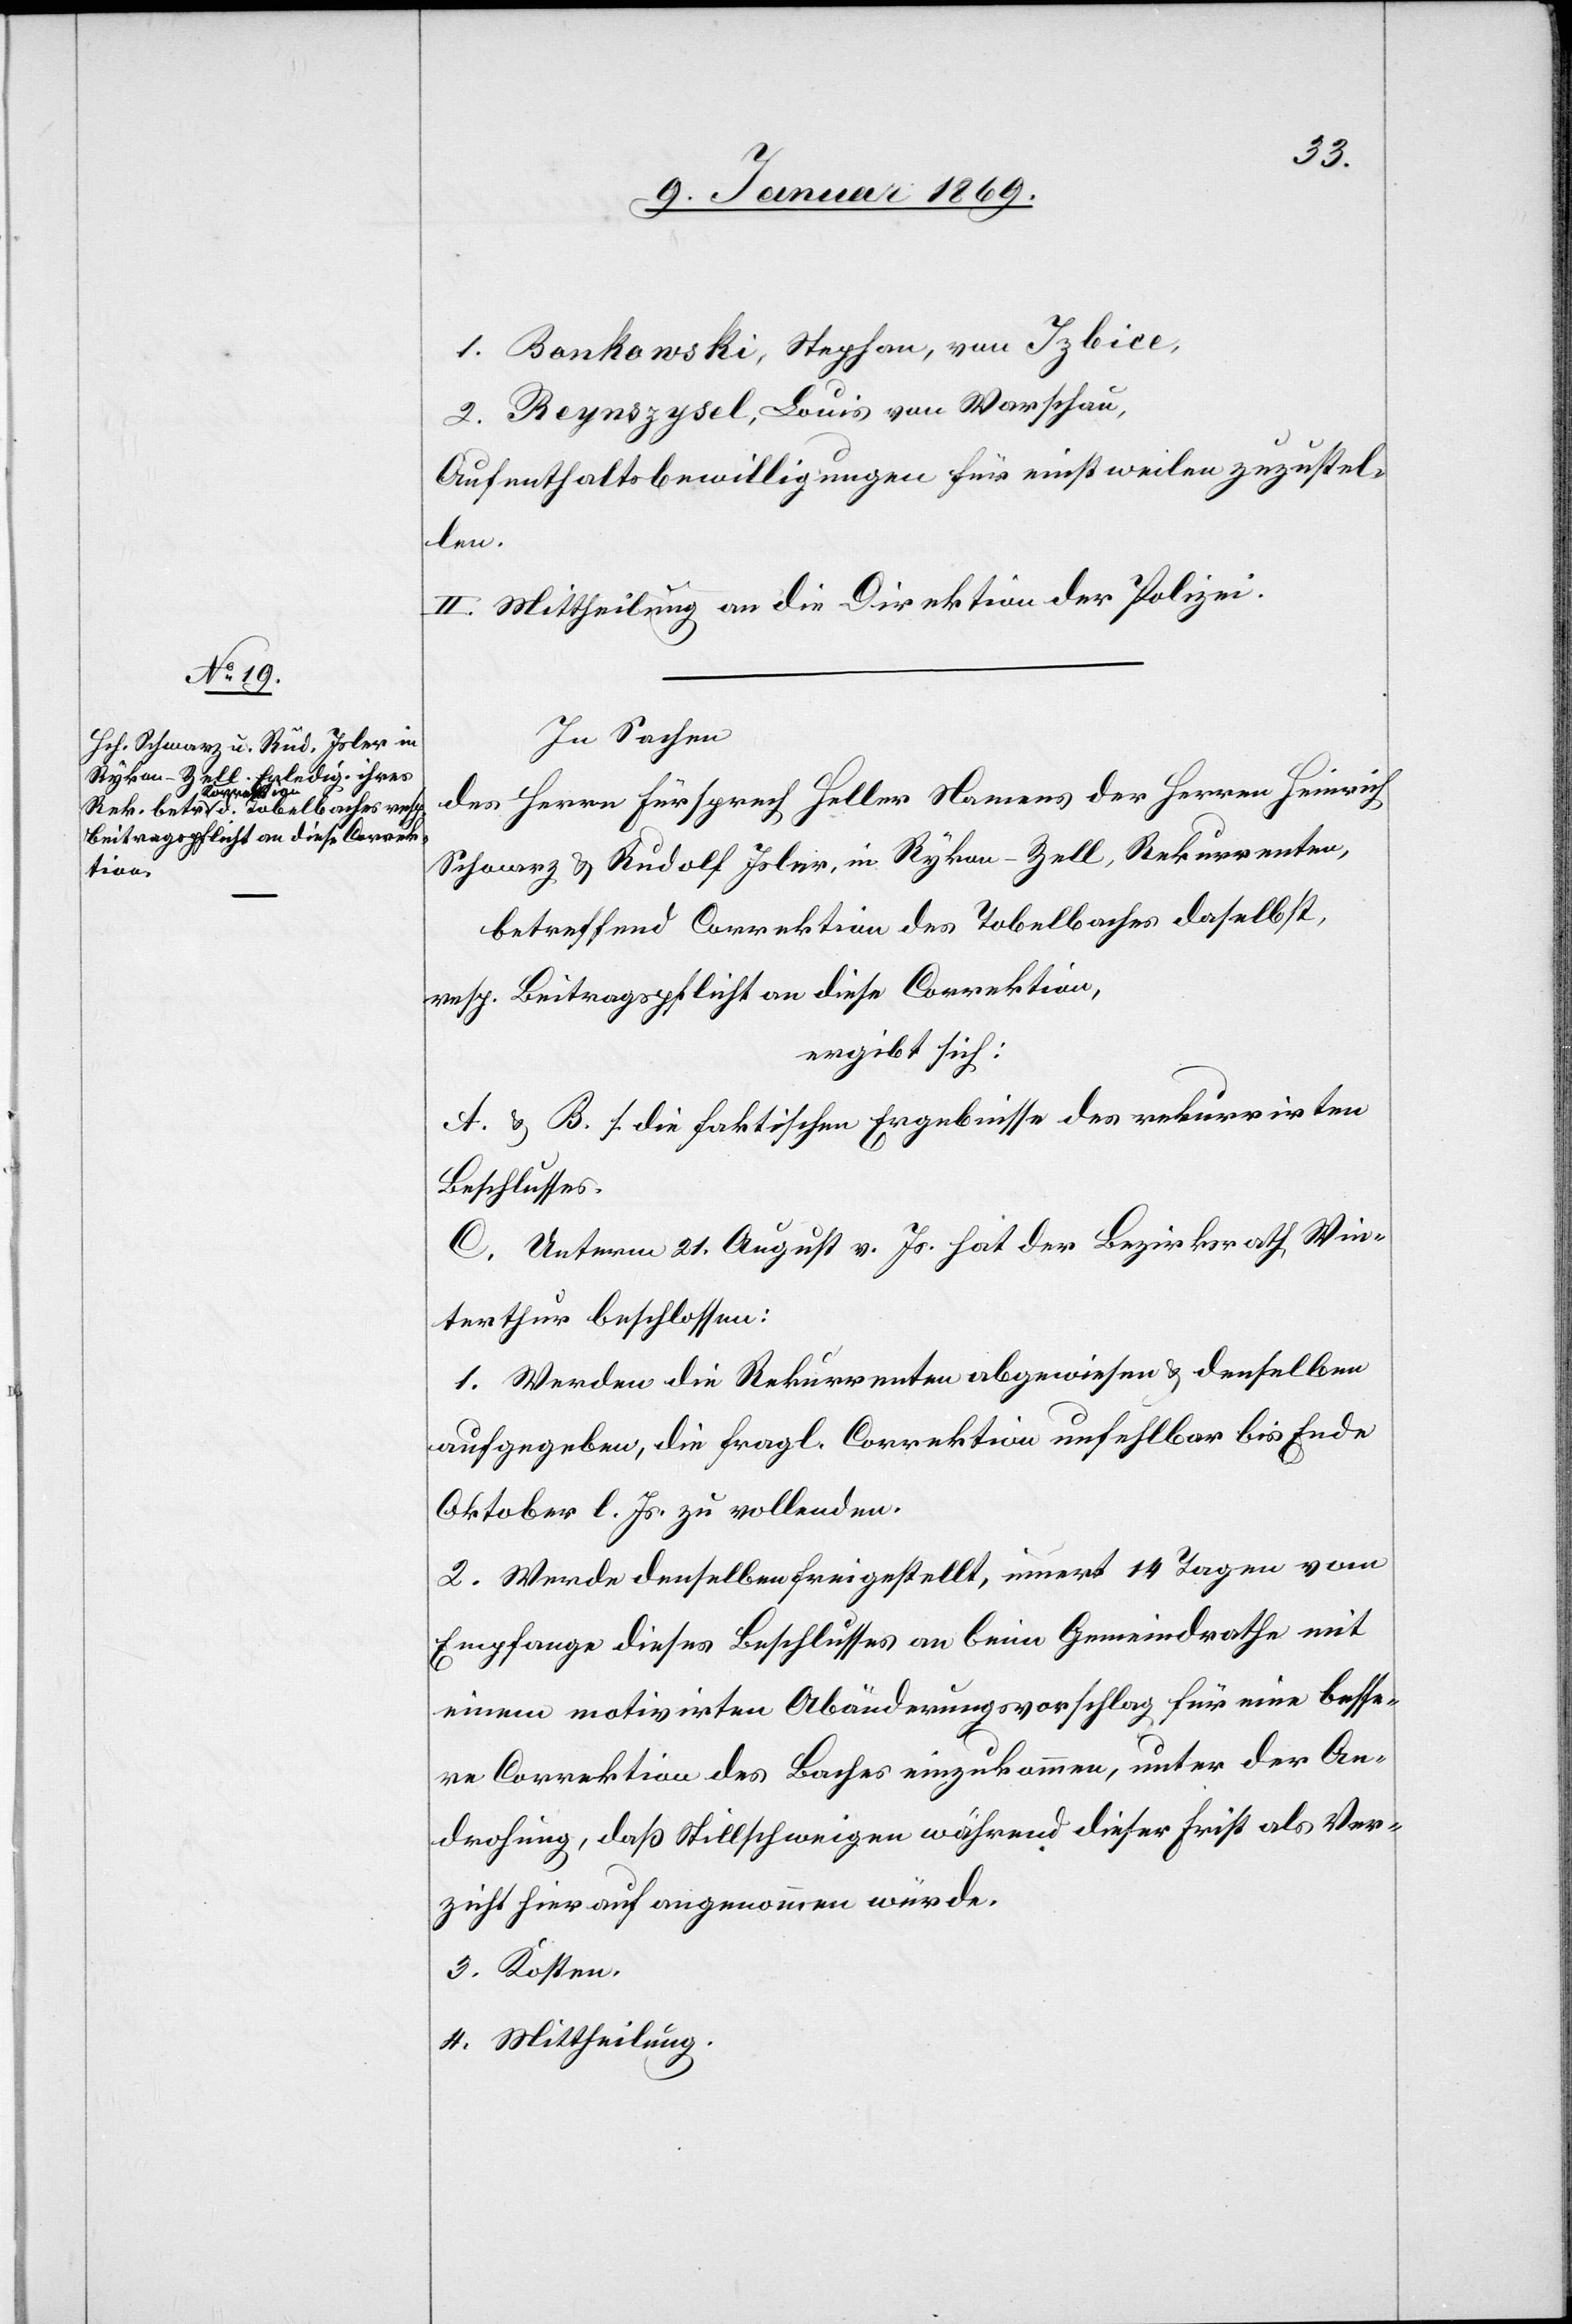
1. Bonkowski, Stephan, von Izbice,
2. Reynszysel, Louis von Warschau,
Aufenthaltsbewilligungen für einstweilen zuzustel¬
len.
II. Mittheilung an die Direktion der Polizei.
In Sachen
des Herrn Fürsprech Heller Namens der Herren Heinrich
Schwarz & Rudolf Isler, in Rykon-Zell, Rekurrenten,
betreffend Correktion des Tobelbaches daselbst,
resp. Beitragspflicht an diese Correktion,
ergibt sich:
A & B. s. die faktischen Ergebnisse des rekurrirten
Beschlusses.
C. Unterm 21. August v. Js. hat der Bezirksrath Win¬
terthur beschlossen:
1. Werden die Rekurrenten abgewiesen & denselben
aufgegeben, die fragl. Correktion unfehlbar bis Ende
Oktober l. Js. zu vollenden.
2. Werde denselben freigestellt, innert 14 Tagen vom
Empfange dieses Beschlusses an beim Gemeindrathe mit
einem motivirten Abänderungsvorschlag für eine besse¬
re Correktion des Baches einzukommen, unter der An¬
drohung, daß Stillschweigen während dieser Frist als Ver¬
zicht hierauf angenommen würde.
3. Kosten.
4. Mittheilung